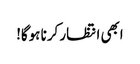
ابھی انتظار کرنا ہوگا!